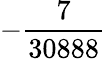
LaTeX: -\frac{7}{30888}